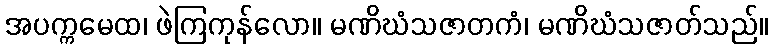
အပက္ကမေထ၊ ဖဲကြကုန်လော။ မဏိဃံသဇာတကံ၊ မဏိဃံသဇာတ်သည်။